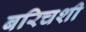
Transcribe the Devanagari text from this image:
बरिचशी